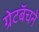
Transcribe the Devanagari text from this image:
ग्रेटबॅचने